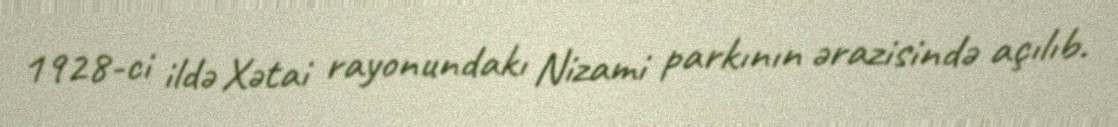
1928-ci ildə Xətai rayonundakı Nizami parkının ərazisində açılıb.